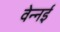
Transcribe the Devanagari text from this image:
वेन्नई